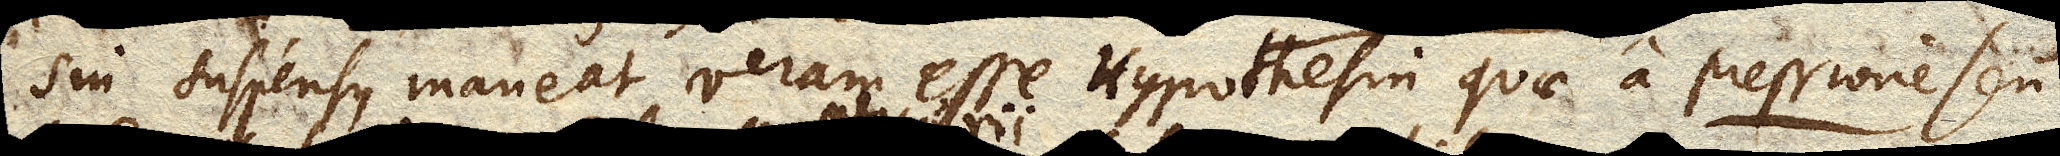
sin suspensus maneat veram esse Hypothesin quae a pressione seu